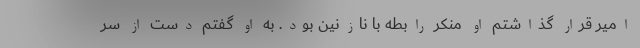
امیر قرار گذاشتم او منکر رابطه با نازنین بود. به او گفتم دست از سر